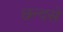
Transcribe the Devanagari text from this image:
छन्दसे